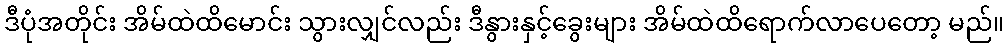
ဒီပုံအတိုင်း အိမ်ထဲထိမောင်း သွားလျှင်လည်း ဒီနွားနှင့်ခွေးများ အိမ်ထဲထိရောက်လာပေတော့ မည်။